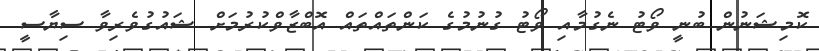
ކޮމިޝަނުން ބުނީ ވޯޓު ނެގުމާއި ވޯޓު ގުނުމުގެ ކަންތައްތައް އޮބްޒާވްކުރުމަށް ޝައުގުވެރިވާ ސިޔާސީ